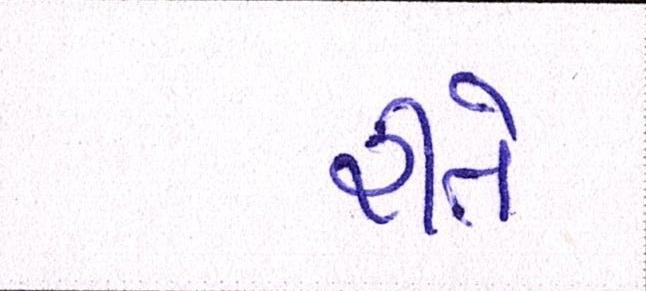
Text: રીતે